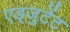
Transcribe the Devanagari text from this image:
एड्जुटेंट